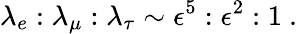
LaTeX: \lambda_{e}:\lambda_{\mu}:\lambda_{\tau}\sim\epsilon^{5}:\epsilon^{2}:1~.